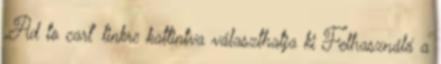
„Ad to cart” linkre kattintva választhatja ki Felhasználó a